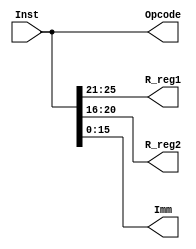
`timescale 1ns / 1ps
//////////////////////////////////////////////////////////////////////////////////
// Company: 
// Engineer: 
// 
// Design Name: 
// Module Name: FI_ID_D
// Project Name: 
// Target Devices: 
// Tool Versions: 
// Description: 
// 
// Dependencies: 
// 
// Revision:
// Revision 0.01 - File Created
// Additional Comments:
// 
//////////////////////////////////////////////////////////////////////////////////


module FI_ID_D(Inst,R_reg1,R_reg2,Imm,Opcode);
    input[31:0] Inst;
    output[4:0] R_reg1;
    output[4:0] R_reg2;
    output[15:0] Imm;
    output[31:0] Opcode;
    assign R_reg1 = Inst[25:21];
    assign R_reg2 = Inst[20:16];
    assign Imm = Inst[15:0];
    assign Opcode = Inst[31:0];
endmodule